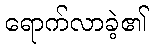
ရောက်လာခဲ့၏